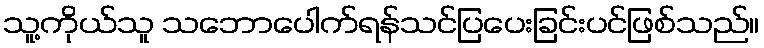
သူ့ကိုယ်သူ သဘောပေါက်ရန်သင်ပြပေးခြင်းပင်ဖြစ်သည်။